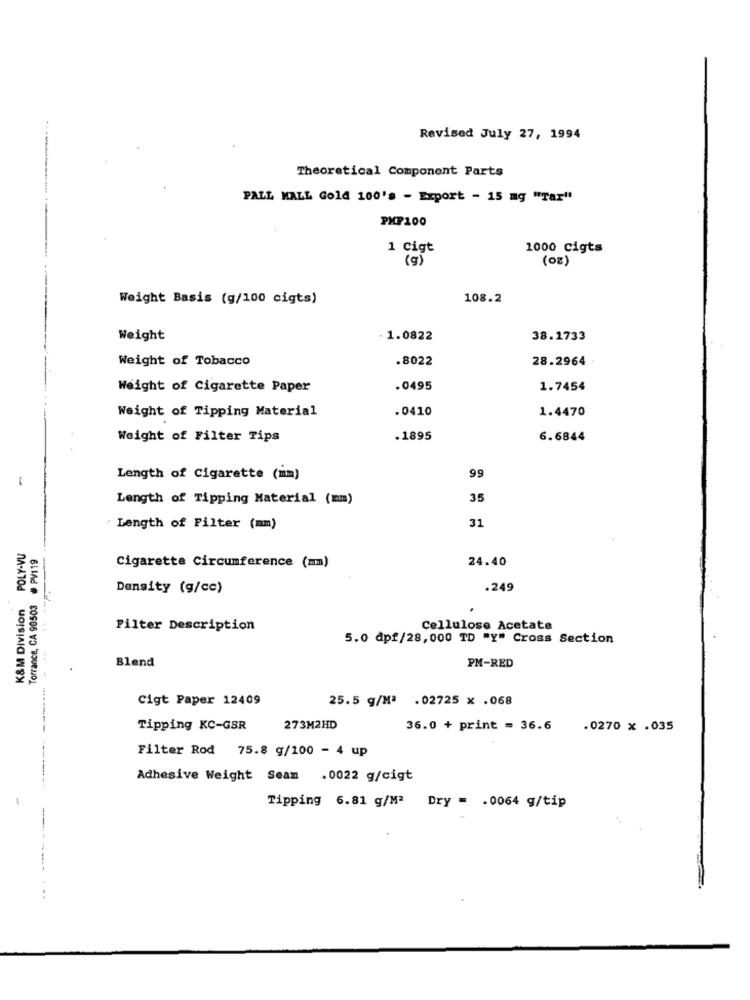
Revised July 27, 1994
---
Theoretical Component Parts
PALL MALL Gold 100's - Export - 15 mg "Tar"
PHP100
1 Cigt
1000 cigts
(oz)
(g)
Weight Basis (g/100 cigts)
108.2
Weight
- 1.0822
38.1733
Weight of Tobacco
.8022
28.2964 .
Weight of Cigarette Paper
.0495
1.7454
Weight of Tipping Material
.0410
1.4470
Weight of Filter Tips
. 1895
6.6844
99
Length of Cigarette (mm)
-
Length of Tipping Material (mm)
35
31
Length of Filter (mm)
K&M Division POLY-VU
503 # PV119
24.40
Cigarette Circumference (mm)
Density (g/cc)
.249
Torrance, CA 90
Filter Description
Cellulose Acetate
5.0 dpf/28,000 TD "Y" Cross Section
Blend
PM-RED
Cigt Paper 12409
25.5 g/Mª .02725 x .068
Tipping KC-GSR
273M2HD
36.0 + print = 36.6
.0270 x .035
Filter Rod
75.8 g/100 - 4 up
Adhesive Weight Seam .0022 g/cigt
-
Tipping 6.81 g/M2 Dry = . 0064 g/tip